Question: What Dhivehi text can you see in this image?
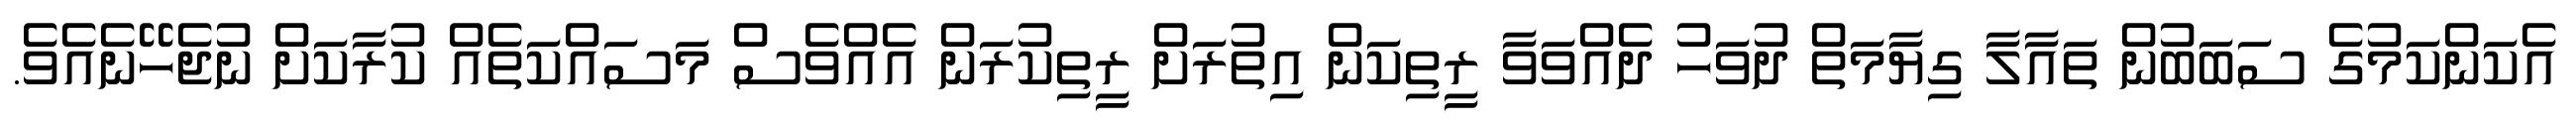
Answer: އެކަންކަމުގެ ސަބަބުން ތައާލާ ގިޔާމަތް ދުވަހު ދެއްވަވާ ރީތިކަން އިތުރަށް ރީތިކުރަން އެއްވެސް މަސައްކަތެއް ކުރާކަށް ނުޖެހޭނެއެވެ.